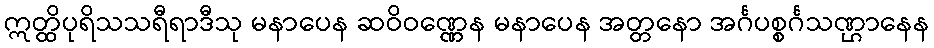
ဣတ္ထိပုရိသသရီရာဒီသု မနာပေန ဆဝိဝဏ္ဏေန မနာပေန အတ္တနော အင်္ဂပစ္စင်္ဂသဏ္ဌာနေန